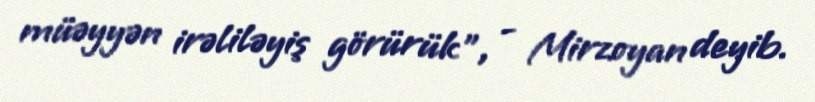
müəyyən irəliləyiş görürük”, - Mirzoyan deyib.